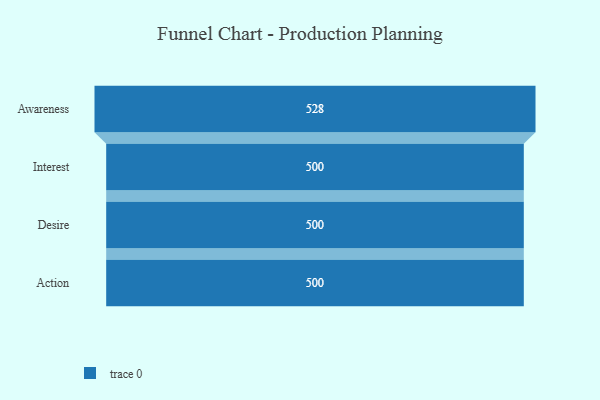
{"axis": {"x": "Stage", "y": "Value"}, "legend": [""], "data": [{"x": "Awareness", "y": 528.0, "type": ""}, {"x": "Interest", "y": 500, "type": ""}, {"x": "Desire", "y": 500, "type": ""}, {"x": "Action", "y": 500, "type": ""}]}